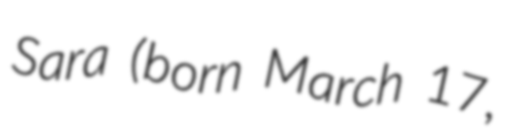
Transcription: Sara (born March 17,